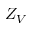
Z _ { V }